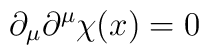
\partial _\mu \partial ^\mu \chi (x)=0